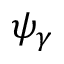
\psi _ { \gamma }